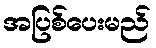
အပြစ်ပေးမည်